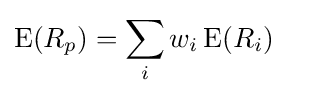
\operatorname {E} (R_{p})=\sum _{i}w_{i}\operatorname {E} (R_{i})\quad